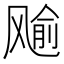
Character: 𱃞